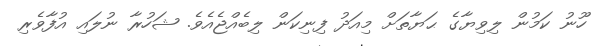
ހޫނު ކަމުން ލިވިޔާގެ ޙަޔާތަށް މިއަދު ފިނިކަން ލިބެއްޖެއެވެ. ޝަހުރާ ނުލައި އުފާވެރި